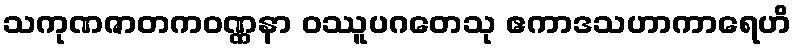
သကုဏဇာတကဝဏ္ဏနာ ဝဿူပဂတေသု ဧကာဒသဟာကာရေဟိ